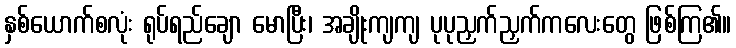
နှစ်ယောက်စလုံး ရုပ်ရည်ချော မောပြီး၊ အချိုးကျကျ ပုပုညှက်ညှက်ကလေးတွေ ဖြစ်ကြ၏။